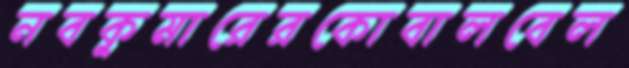
নবকুমারেরকোবালবেল